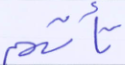
تأتهم